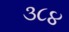
૩૮૪